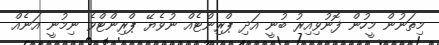
މިތަނުން މީހުން ފޮނުވިއިރު ބުނީ އަދި ޕްރިންޓެއް ނުވެޔޭ ޕްރިންޓްވެ ނިމުނީ އަނެއް